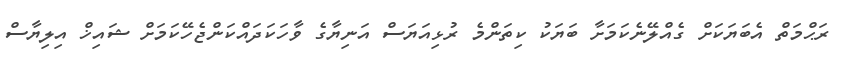
ރަޙްމަތް އެބަޔަކަށް ގެއްލޭނެކަމަށާ ބަޔަކު ކިތަންމެ ރުޅިއަޔަސް އަނިޔާގެ ވާހަކަދައްކަންޖެހޭކަމަށް ޝައިޚް އިލިޔާސް